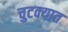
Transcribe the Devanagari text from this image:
चुटक्यात